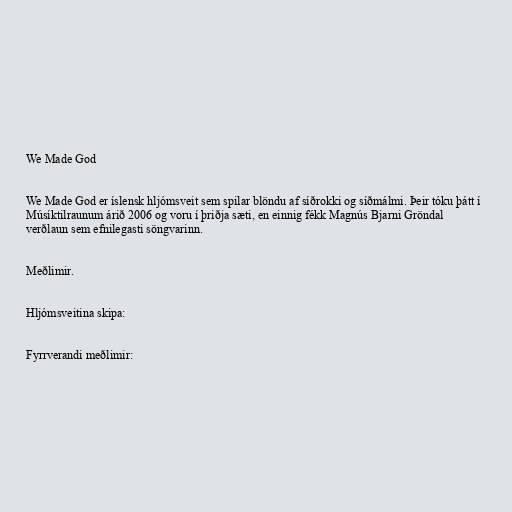
We Made God

We Made God er íslensk hljómsveit sem spilar blöndu af síðrokki og síðmálmi. Þeir tóku þátt í
Músíktilraunum árið 2006 og voru í þriðja sæti, en einnig fékk Magnús Bjarni Gröndal
verðlaun sem efnilegasti söngvarinn.

Meðlimir.

Hljómsveitina skipa:

Fyrrverandi meðlimir: